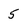
Character: 5